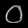
Digit: ၀